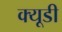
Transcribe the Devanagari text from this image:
क्यूडी